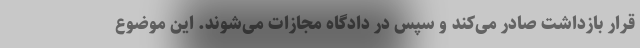
قرار بازداشت صادر می‌کند و سپس در دادگاه مجازات می‌شوند. این موضوع